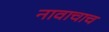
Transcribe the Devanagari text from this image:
नावाचाच